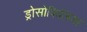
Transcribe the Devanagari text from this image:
ड्रोसोफिलिया